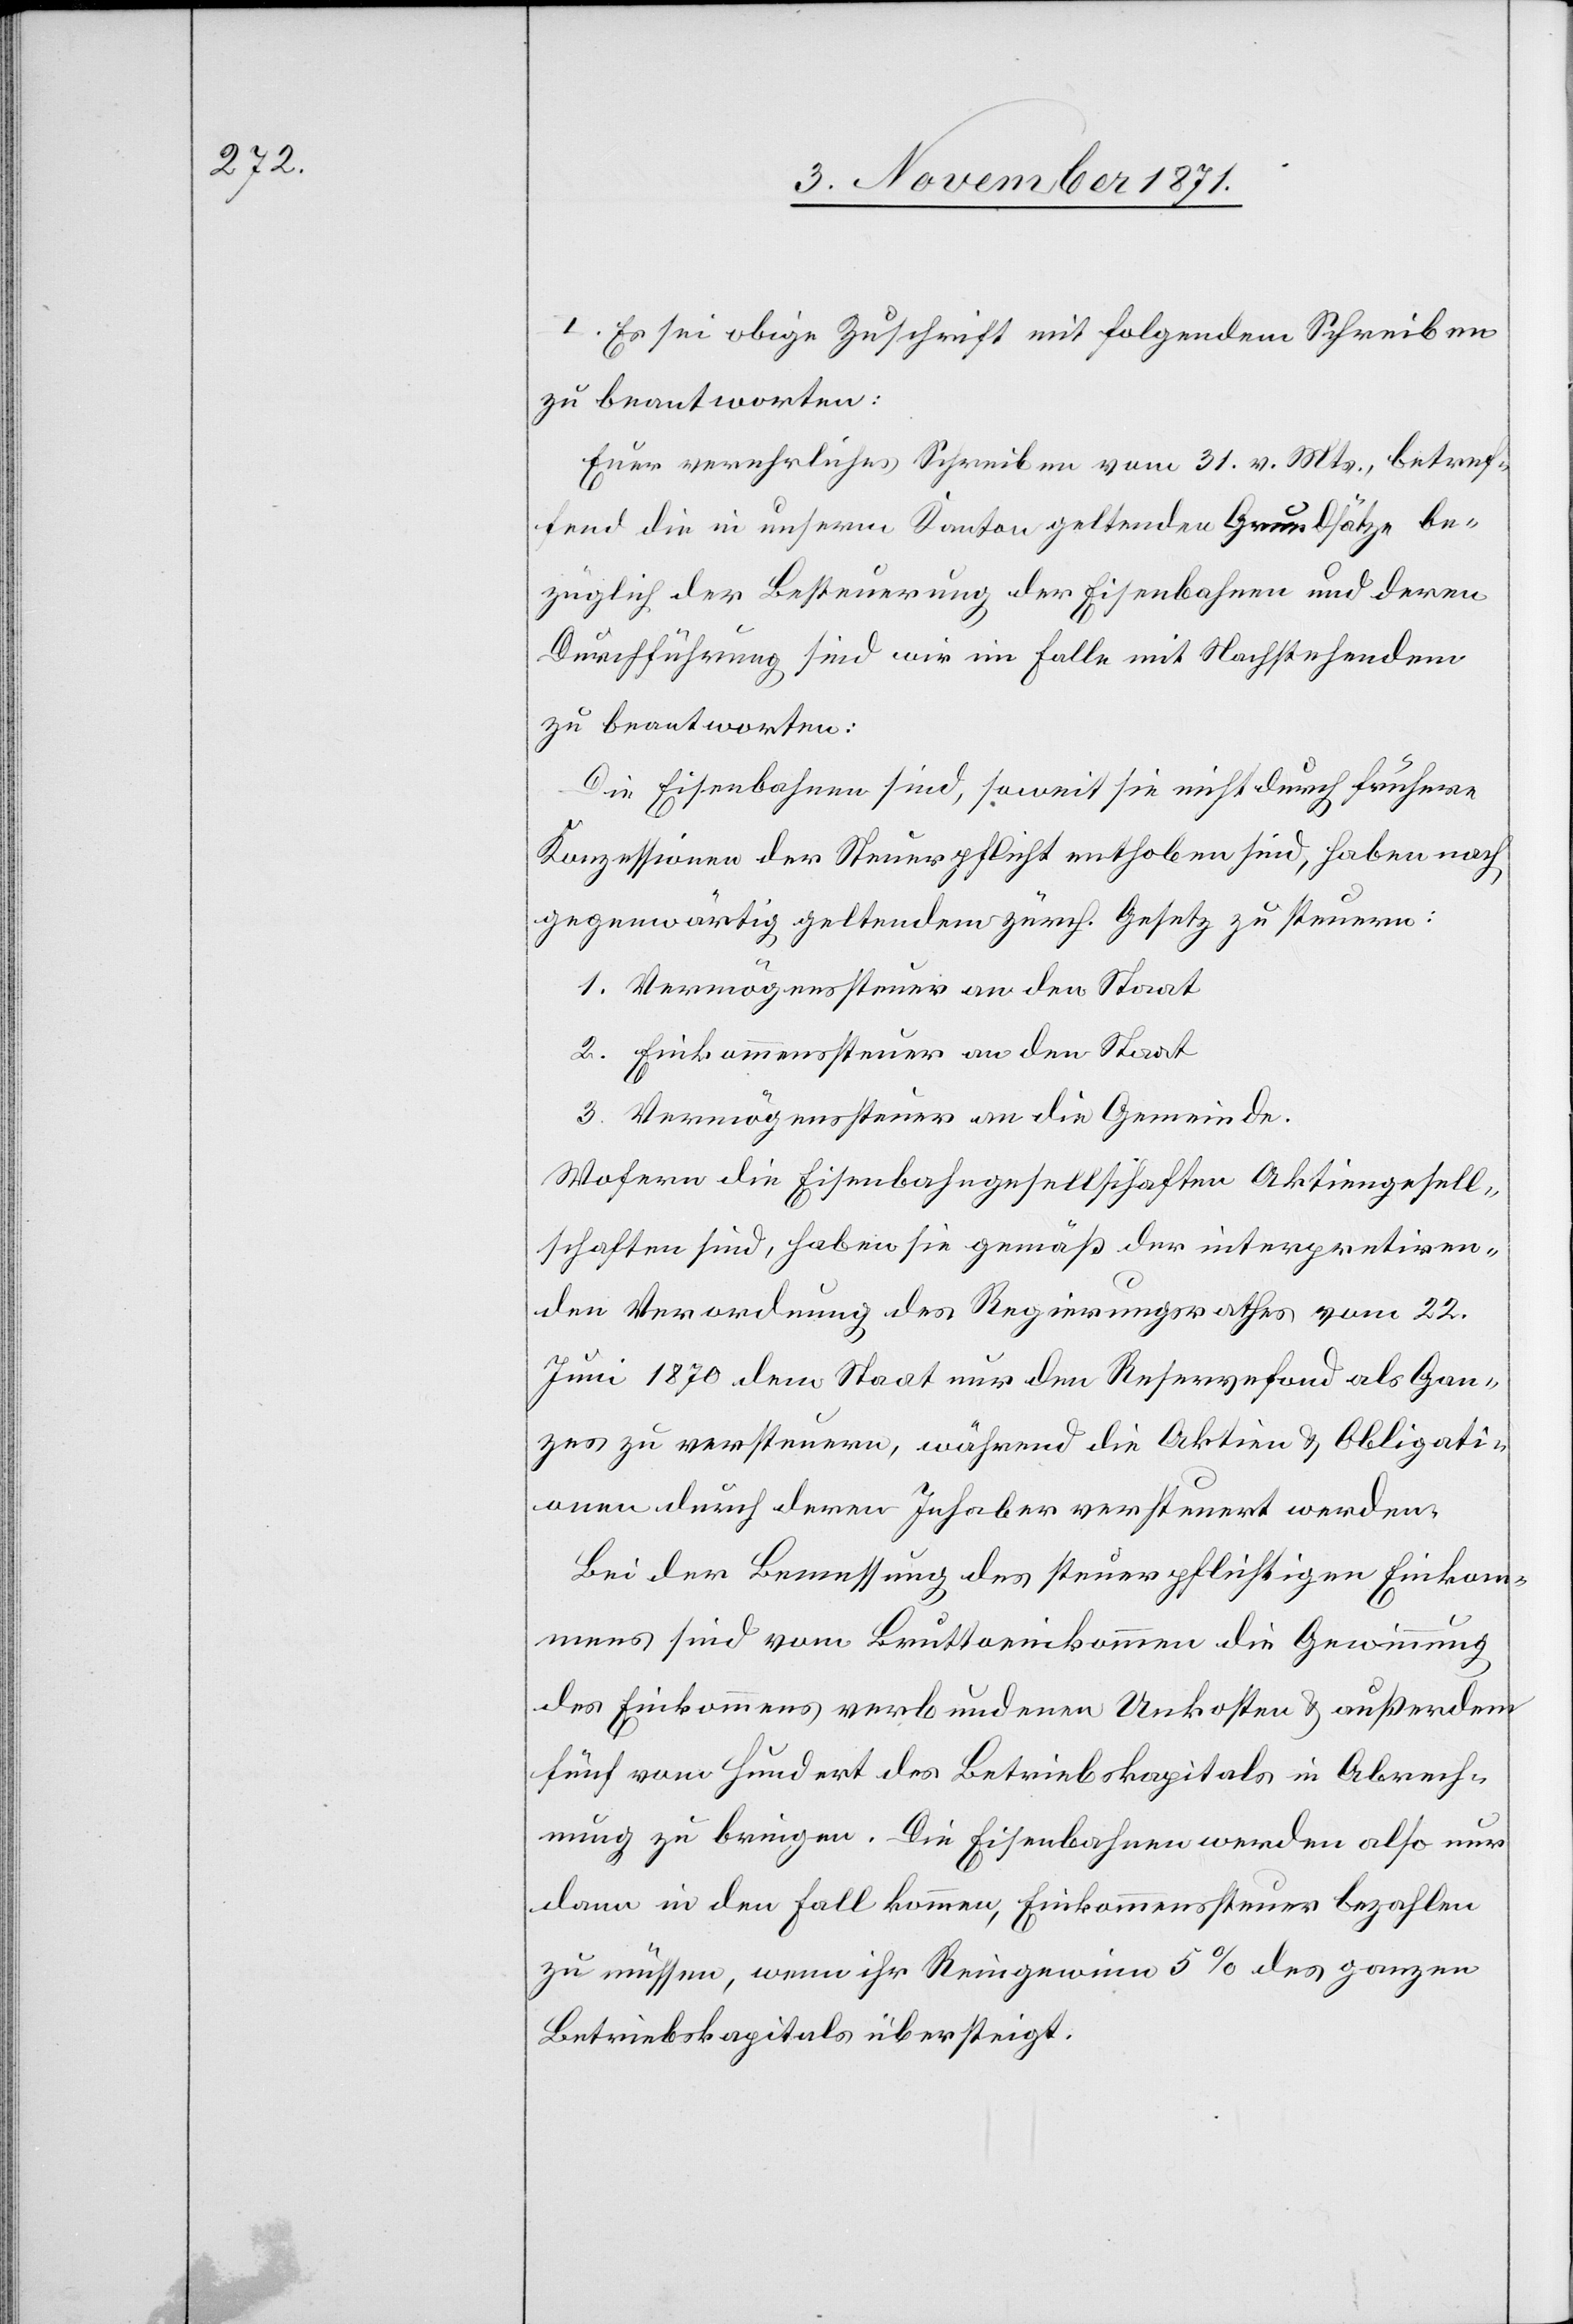
I. Es sei obige Zuschrift mit folgendem Schreiben
zu beantworten:
Euer verehrliches Schreiben vom 31. v. Mts., betref¬
fend die in unserm Kanton geltenden Grundsätze be¬
züglich der Besteuerung der Eisenbahnen und deren
Durchführung sind wir im Falle mit Nachstehendem
zu beantworten:
Die Eisenbahnen sind, soweit sie nicht durch frühere
Konzessionen der Steuerpflicht enthoben sind, haben
gegenwärtig geltendem zürch. Gesetz zu steuern:
1. Vermögenssteuer an den Staat
2. Einkommenssteuer an den Staat.
3. Vermögenssteuer an die Gemeinde.
Wofern die Eisenbahngesellschaften Aktiengesell¬
schaften sind, haben sie gemäß der interpretiren¬
den Verordnung des Regierungsrathes vom 22.
Juni 1870 dem Staat nur den Reservefond als Gan¬
zes zu versteuern, während die Aktien & Obligati¬
onen durch deren Inhaber versteuert werden.
Bei der Bemessung des steuerpflichtigen Einkom¬
mens sind vom Bruttoeinkommen die Gewinnung
des Einkommens verbundenen Unkosten [sic!] & außerdem
fünf von Hundert des Betriebkapitals in Abrech¬
nung zu bringen. Die Eisenbahnen werden also nur
dann in den Fall kommen, Einkommenssteuer bezahlen
zu müssen, wenn ihr Reingewinn 5% des ganzen
Betriebskapitals übersteigt.